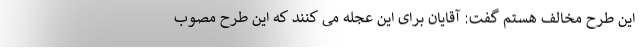
این طرح مخالف هستم گفت: آقایان برای این عجله می کنند که این طرح مصوب